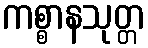
ကစ္စာနသုတ္တ